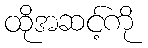
ထိုအဆင့်ကို